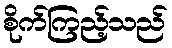
စိုက်ကြည့်သည်